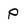
Character: p